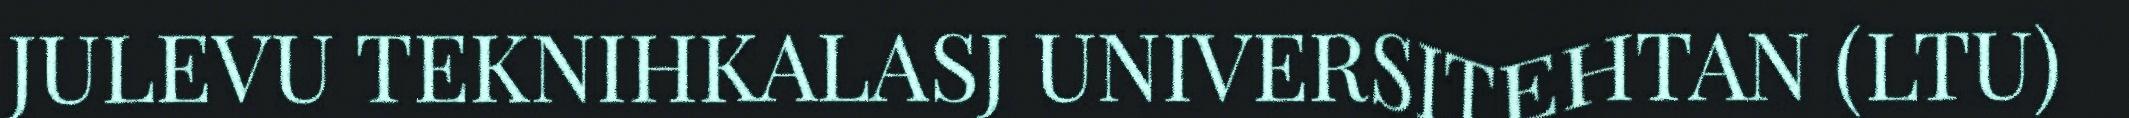
JULEVU TEKNIHKALASJ UNIVERSITEHTAN (LTU)